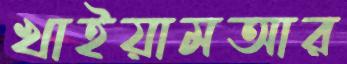
খাইয়ামআর